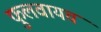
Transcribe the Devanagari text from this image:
फुलवायच